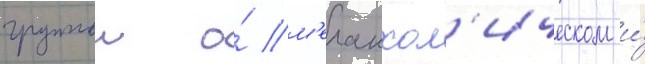
группои о́ м'еланхол'ическом и́